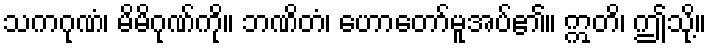
သကဂုဏံ၊ မိမိဂုဏ်ကို။ ဘဏိတံ၊ ဟောတော်မူအပ်၏။ ဣတိ၊ ဤသို့။